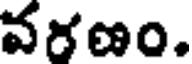
వరణం.